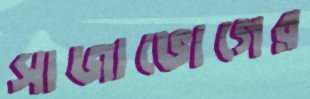
সাজাভোগের